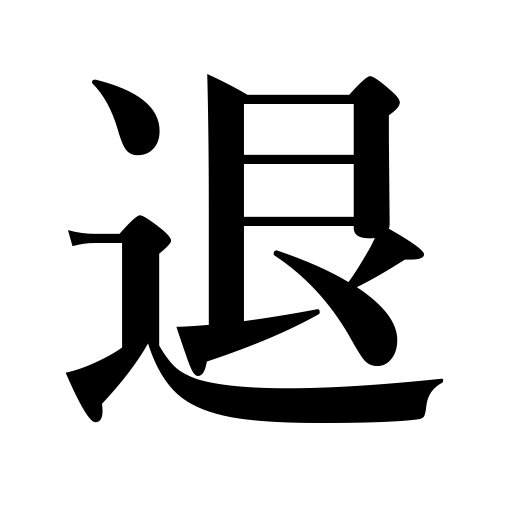
Meanings: withdraw,keep away,drive away,repel,expel,retreat,retire,turn down,resign,depose,reject